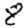
Digit: 8